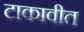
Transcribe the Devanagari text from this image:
टाकावीत